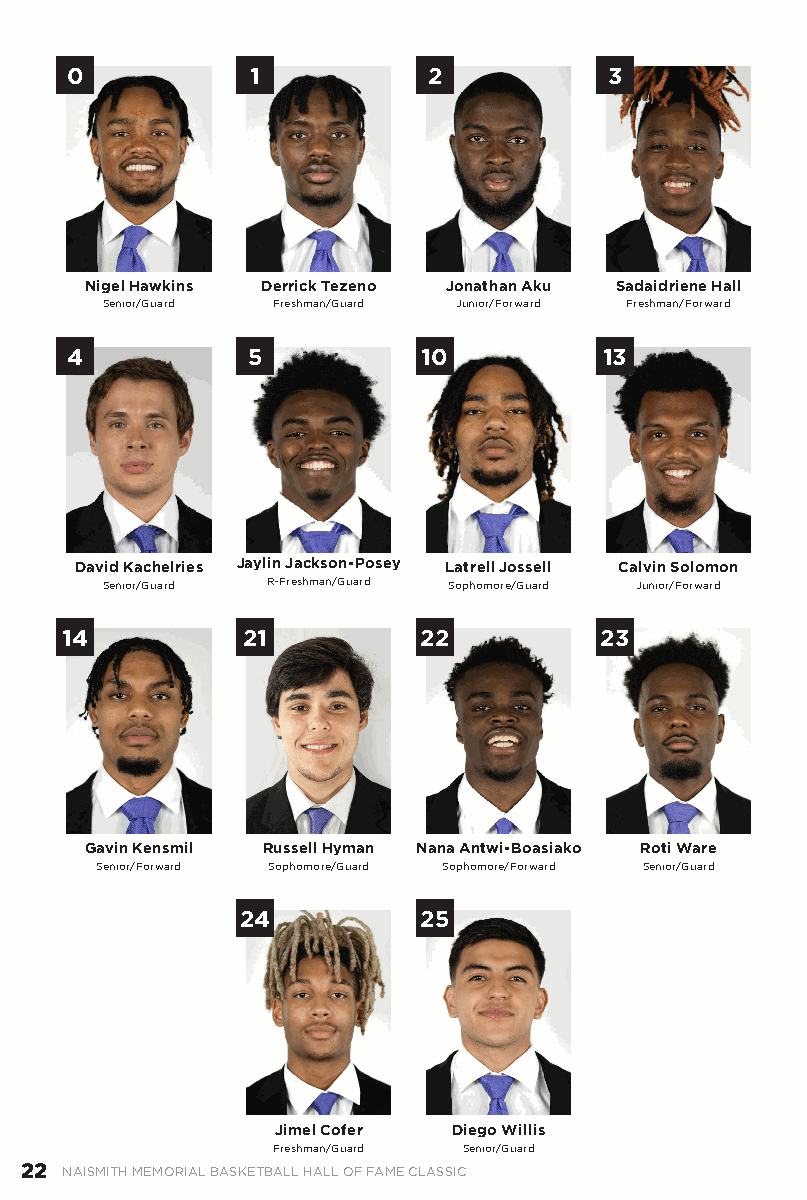
0            1          2           3
 Nigel Hawkins Derrick Tezeno Jonathan Aku Sadaidriene Hall
 Senior/Guard Freshman/Guard Junior/Forward Freshman/Forward
 4           5           10          13
 David Kachelries Jaylin Jackson-Posey Latrell Jossell Calvin Solomon
 Senior/Guard R-Freshman/Guard Sophomore/Guard Junior/Forward
 14          21          22          23
 Gavin Kensmil Russell Hyman Nana Antwi-Boasiako Roti Ware
 Senior/Forward Sophomore/Guard Sophomore/Forward Senior/Guard
 24          25
 Jimel Cofer Diego Willis
 Freshman/Guard Senior/Guard
 22 NAISMITH MEMORIAL BASKETBALL HALL OF FAME CLASSIC